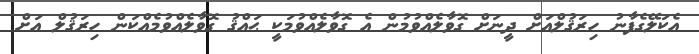
އެކަލޭގެފާނު ހިރަޤުލްއަށް ދީނަށް ގޮވާލެއްވުމުން އެ ގޮވާލެއްވުމަކީ ޙައްޤު ގޮވާލެއްވުމެއްކަން ހިރަޤުލް އަށް